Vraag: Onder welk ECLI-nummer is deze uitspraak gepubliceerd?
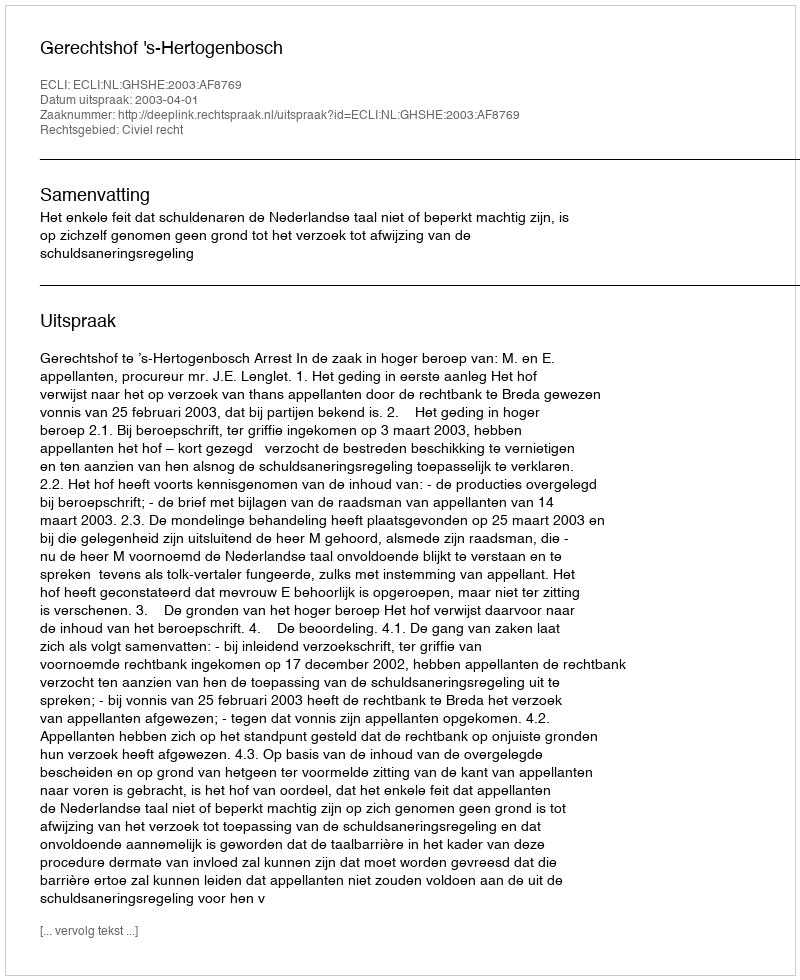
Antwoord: ECLI:NL:GHSHE:2003:AF8769